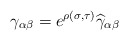
\begin{align*}\gamma_{\alpha\beta}=e^{\rho(\sigma,\tau)}{\widehat \gamma}_{\alpha\beta}\end{align*}